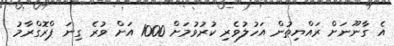
އެ ގާނޫނަށް ރައްޔިތުން އަހުލުވެރި ކުރުވުމަށް 1000 އަށް ވުރެ ގިނަ ޕްރޮގްރާމު